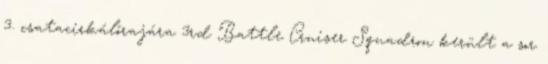
3. csatacirkálórajára 3rd Battle Cruiser Squadron került a sor